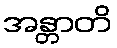
အန္တာတိ